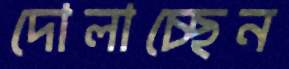
দোলাচ্ছেন